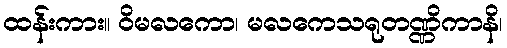
ထန်းကား။ ဝိမလကော၊ မလကေသရုတဏ္ဏိကာနိ၊